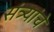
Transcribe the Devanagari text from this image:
संत्र्यांचे